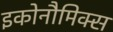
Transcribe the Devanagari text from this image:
इकोनौमिक्स